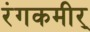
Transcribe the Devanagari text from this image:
रंगकमीर्